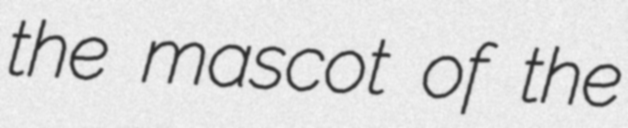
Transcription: the mascot of the